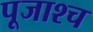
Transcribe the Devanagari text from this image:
पूजाश्‍च